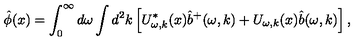
\hat { \phi } ( x ) = \int _ { 0 } ^ { \infty } d \omega \int d ^ { 2 } k \left[ U _ { \omega , k } ^ { * } ( x ) \hat { b } ^ { + } ( \omega , k ) + U _ { \omega , k } ( x ) \hat { b } ( \omega , k ) \right] ,